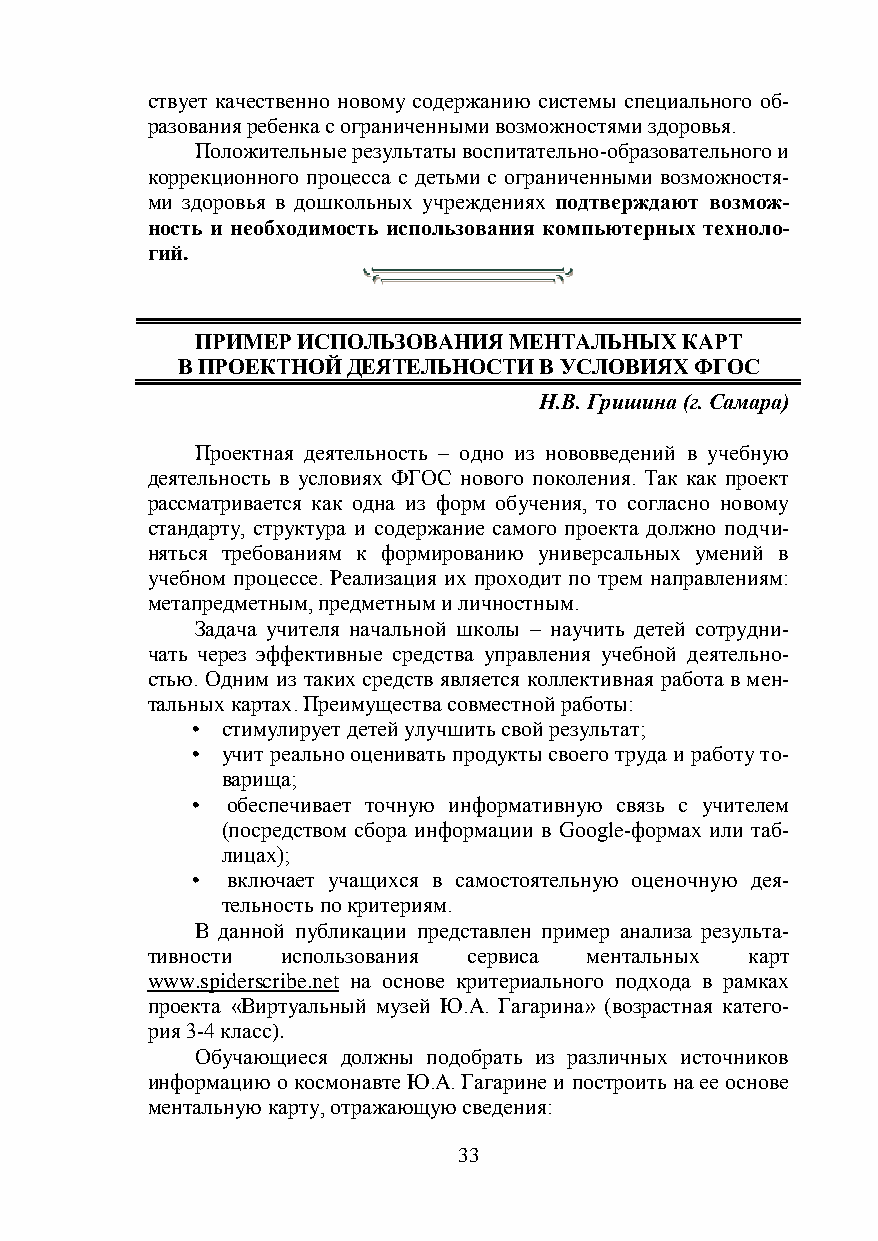
ствует качественно новому содержанию системы специального об-
 разования ребенка с ограниченными возможностями здоровья.
 Положительные результаты воспитательно-образовательного и
 коррекционного процесса с детьми с ограниченными возможностя-
 ми здоровья в дошкольных учреждениях подтверждают возмож-
 ность и необходимость использования компьютерных техноло-
 гий.
 ПРИМЕР ИСПОЛЬЗОВАНИЯ МЕНТАЛЬНЫХ КАРТ
 В ПРОЕКТНОЙ ДЕЯТЕЛЬНОСТИ В УСЛОВИЯХ ФГОС
 Н.В. Гришина (г. Самара)
 Проектная деятельность – одно из нововведений в учебную
 деятельность в условиях ФГОС нового поколения. Так как проект
 рассматривается как одна из форм обучения, то согласно новому
 стандарту, структура и содержание самого проекта должно подчи-
 няться требованиям к формированию универсальных умений в
 учебном процессе. Реализация их проходит по трем направлениям:
 метапредметным, предметным и личностным.
 Задача учителя начальной школы – научить детей сотрудни-
 чать через эффективные средства управления учебной деятельно-
 стью. Одним из таких средств является коллективная работа в мен-
 тальных картах. Преимущества совместной работы:
 • стимулирует детей улучшить свой результат;
 • учит реально оценивать продукты своего труда и работу то-
 варища;
 • обеспечивает точную информативную связь с учителем
 (посредством сбора информации в Google-формах или таб-
 лицах);
 • включает учащихся в самостоятельную оценочную дея-
 тельность по критериям.
 В данной публикации представлен пример анализа результа-
 тивности использования сервиса ментальных карт
 www.spiderscribe.net на основе критериального подхода в рамках
 проекта «Виртуальный музей Ю.А. Гагарина» (возрастная катего-
 рия 3-4 класс).
 Обучающиеся должны подобрать из различных источников
 информацию о космонавте Ю.А. Гагарине и построить на ее основе
 ментальную карту, отражающую сведения:
 33